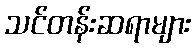
သင်တန်းဆရာများ